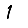
Digit: 1